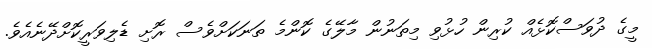
މީގެ ދުވަސްކޮޅެއް ކުރިން ހުޅުވި މިތަނުން މާލޭގެ ކޮންމެ ތަނަކަށްވެސް ރޮށި ޑެލިވަރީކޮށްދޭނެއެވެ.